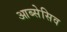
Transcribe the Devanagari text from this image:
आब्सेसिव